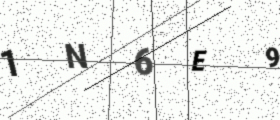
Text: 1N6E9